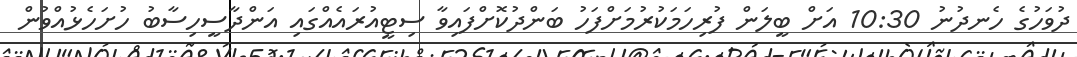
ދުވަހުގެ ހެނދުނު 10:30 އަށް ބީލަން ފުރިހަމަކުރުމަށްފަހު ބަންދުކޮށްފައިވާ ސިޓީއުރައެއްގައި އަންދާސީހިސާބު ހުށަހެޅުއްވުން